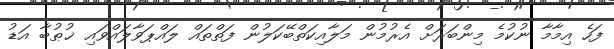
ފަހެ އިމާމާ ނުކުމެ މިންބަރަށް އެރުމުން މަލާއިކަތްބޭކަލުން ފަތްތައް ލައްޕަވާލައްވައި ޚުޠުބާ އަޑު